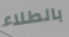
بالطلاء